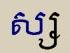
ស្ស